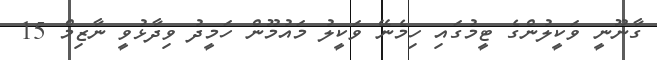
ގާނޫނީ ވަކީލުންގެ ޓީމުގައި ހިމެނޭ ވަކީލު މައުމޫން ހަމީދު ވިދާޅުވީ ނާޒިމް 15